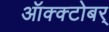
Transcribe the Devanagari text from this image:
ऑक्क्टोबर्